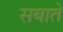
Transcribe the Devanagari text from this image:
सबाते